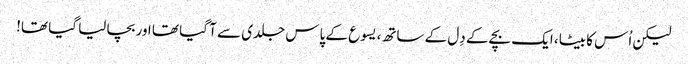
لیکن اُس کا بیٹا، ایک بچے کے دِل کے ساتھ، یسوع کے پاس جلدی سے آ گیا تھا اور بچا لیا گیا تھا!